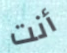
أنت